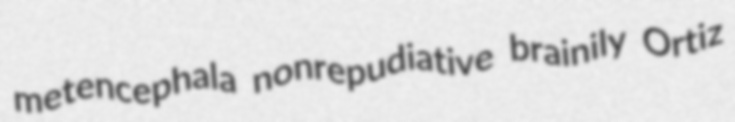
metencephala nonrepudiative brainily Ortiz